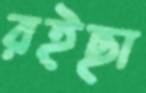
রইছা